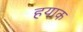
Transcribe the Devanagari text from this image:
हयाक